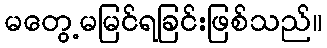
မတွေ့မမြင်ရခြင်းဖြစ်သည်။